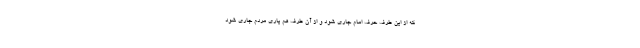
که از این طرف حرف امام جاری شود و از آن طرف هم یاری مردم جاری شود